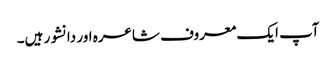
آپ ایک معروف شاعرہ اور دانشور ہیں۔